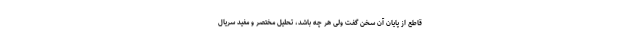
قاطع از پایان آن سخن گفت ولی هر چه باشد، تحلیل مختصر و مفید سریال